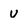
Character: u